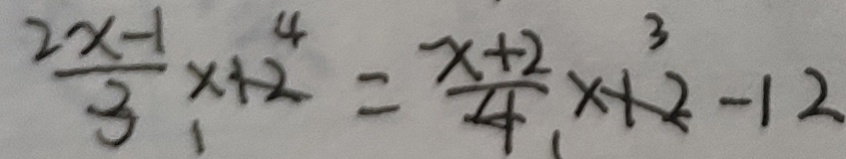
\frac { 2 x - 1 } { 3 } \times 1 2 ^ { 4 } = \frac { x + 2 } { 4 } \times 1 2 - 1 2